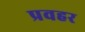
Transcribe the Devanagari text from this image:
प्रवहर